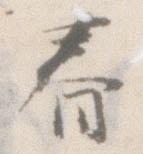
眷